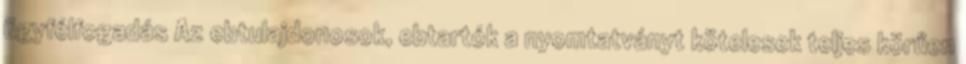
ügyfélfogadás Az ebtulajdonosok, ebtartók a nyomtatványt kötelesek teljes körűen